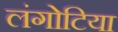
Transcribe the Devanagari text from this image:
लंगोटिया